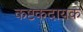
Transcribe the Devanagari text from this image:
कष्टकदायक